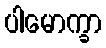
ပါမောက္ခာ